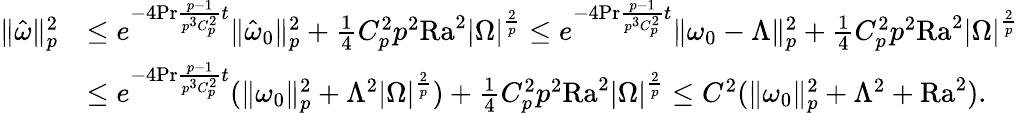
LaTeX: \begin{array}{rl}{\| \hat{\omega}\| _{p}^{2}}&{\leq e^{-4\mathrm{Pr}\frac{p-1}{p^{3}C_{p}^{2}}t}\| \hat{\omega}_{0}\| _{p}^{2}+\frac{1}{4}C_{p}^{2}p^{2}\mathrm{{Ra}}^{2}|\Omega|^{\frac{2}{p}}\leq e^{-4\mathrm{Pr}\frac{p-1}{p^{3}C_{p}^{2}}t}\| \omega_{0}-\Lambda\| _{p}^{2}+\frac{1}{4}C_{p}^{2}p^{2}\mathrm{{Ra}}^{2}|\Omega|^{\frac{2}{p}}}\\ &{\leq e^{-4\mathrm{Pr}\frac{p-1}{p^{3}C_{p}^{2}}t}(\| \omega_{0}\| _{p}^{2}+\Lambda^{2}|\Omega|^{\frac 2p})+\frac{1}{4}C_{p}^{2}p^{2}\mathrm{{Ra}}^{2}|\Omega|^{\frac{2}{p}}\leq C^{2}(\| \omega_{0}\| _{p}^{2}+\Lambda^{2}+\mathrm{{Ra}}^{2}).}\end{array}